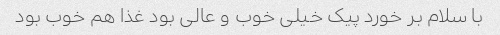
با سلام بر خورد پیک خیلی خوب و عالی بود غذا هم خوب بود